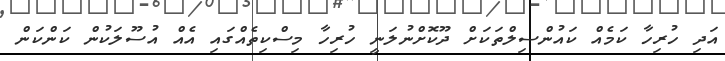
އަދި ހުރިހާ ކަމެއް ކައުންސިލްތަކަށް ދޫކޮށްނުލަނީ ހުރިހާ މިސްކިތެއްގައި އެއް އުސޫލަކުން ކަންކަން